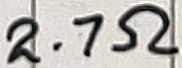
Text: 2.7Ω